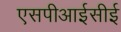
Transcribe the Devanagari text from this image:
एसपीआईसीई